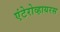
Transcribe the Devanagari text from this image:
एंटेरोव्हायरस